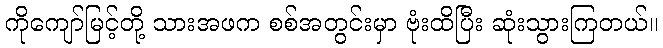
ကိုကျော်မြင့်တို့ သားအဖက စစ်အတွင်းမှာ ဗုံးထိပြီး ဆုံးသွားကြတယ်။